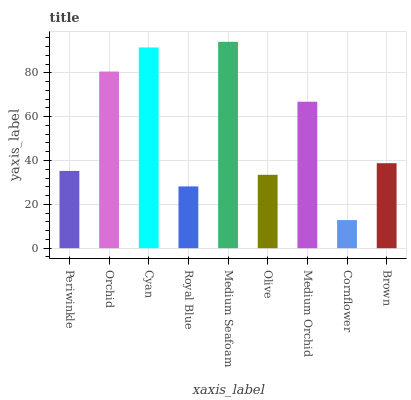
| xaxis_label | bars |
 | --- | --- |
 | Periwinkle | 35.3 |
 | Orchid | 80.6 |
 | Cyan | 91.6 |
 | Royal Blue | 28.2 |
 | Medium Seafoam | 94.2 |
 | Olive | 33.5 |
 | Medium Orchid | 66.8 |
 | Cornflower | 12.8 |
 | Brown | 38.8 |